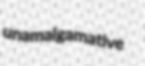
unamalgamative